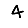
Digit: 4